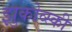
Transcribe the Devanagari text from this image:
झुकोव्स्की